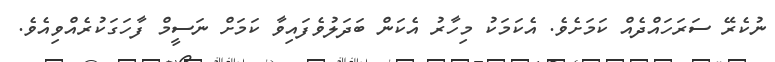
ނުކެރޭ ސަރަހައްދެއް ކަމަށެވެ. އެކަމަކު މިހާރު އެކަން ބަދަލުވެފައިވާ ކަމަށް ނަސީމް ފާހަގަކުރެއްވިއެވެ.